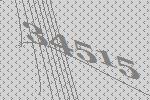
34515